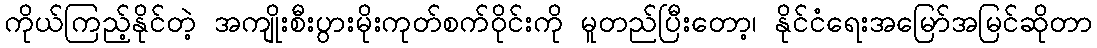
ကိုယ်ကြည့်နိုင်တဲ့ အကျိုးစီးပွားမိုးကုတ်စက်ဝိုင်းကို မူတည်ပြီးတော့၊ နိုင်ငံရေးအမြော်အမြင်ဆိုတာ